Epidemic dropsy in Calcutta - Number 49
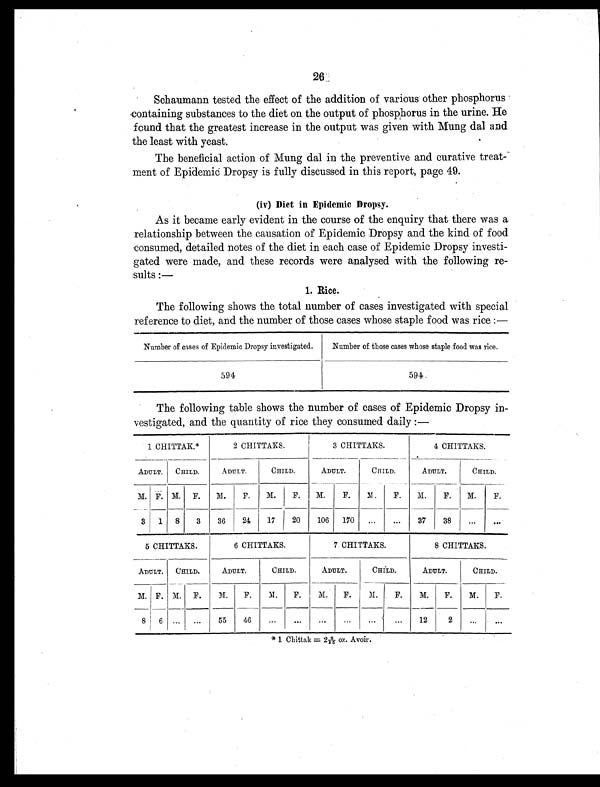
26
Schaumann tested the effect of the addition of various other phosphorus
containing substances to the diet on the output of phosphorus in the urine. He
found that the greatest increase in the output was given with Mung dal and
the least with yeast.
The beneficial action of Mung dal in the preventive and curative treat-
ment of Epidemic Dropsy is fully discussed in this report, page 49.
(iv) Diet in Epidemic Dropsy.
As it became early evident in the course of the enquiry that there was a
relationship between the causation of Epidemic Dropsy and the kind of food
consumed, detailed notes of the diet in each case of Epidemic Dropsy investi-
gated were made, and these records were analysed with the following re-
sults :—
1. Rice.
The following shows the total number of cases investigated with special
reference to diet, and the number of those cases whose staple food was rice :—
Number of cases of Epidemic Dropsy investigated.
Number of those cases whose staple food was rice.
594
594.
The following table shows the number of cases of Epidemic Dropsy in-
vestigated, and the quantity of rice they consumed daily :—
1 CHITTAK.*
2 CHITTAKS.
3 CHITTAKS.
4 CHITTAKS.
ADULT.
CHILD.
ADULT.
CHILD.
ADULT.
CHILD.
ADULT.
CHILD.
M. F. M.
F.
M.
F.
M.
F.
M.
F.
M.
F.
M.
F.
M.
F.
3
1
8
3
36
24
17
20
106
170
...
...
37
38
...
...
5 CHITTAKS.
6 CHITTAKS.
7 CHITTAKS.
8 CHITTAKS.
ADULT.
CHILD.
ADULT.
CHILD.
ADULT.
CHILD.
ADULT.
CHILD.
M. F. M.
F.
M.
F.
M.
F.
M.
F.
M.
F.
M.
F.
M.
F.
8
6
...
...
55
46
...
...
...
...
...
...
12
2
...
...
* 1 C h i t t a k = 2 2 / 3 5 o z . A v o i r .